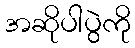
အဆိုပါပွဲကို